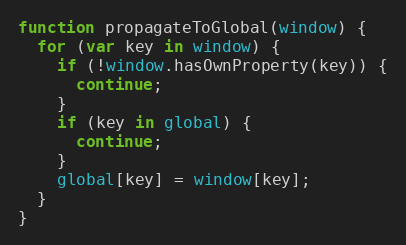
Language: JavaScript
function propagateToGlobal(window) {
  for (var key in window) {
    if (!window.hasOwnProperty(key)) {
      continue;
    }
    if (key in global) {
      continue;
    }
    global[key] = window[key];
  }
}